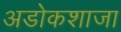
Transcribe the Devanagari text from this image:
अडोकशाजा